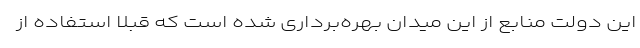
این دولت منابع از این میدان بهره‌برداری شده است که قبلاً استفاده از